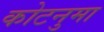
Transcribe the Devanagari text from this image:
कोटनुमा